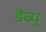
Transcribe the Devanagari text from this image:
डैब्यू